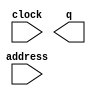
module ROM (
	address,
	clock,
	q);

	input	[15:0]  address;
	input	  clock;
	output	[23:0]  q;
`ifndef ALTERA_RESERVED_QIS
// synopsys translate_off
`endif
	tri1	  clock;
`ifndef ALTERA_RESERVED_QIS
// synopsys translate_on
`endif

endmodule